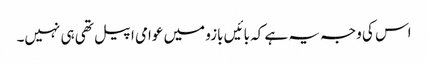
اس کی وجہ یہ ہے کہ بائیں بازو میں عوامی اپیل تھی ہی نہیں۔